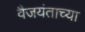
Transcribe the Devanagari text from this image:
वैजयंताच्या